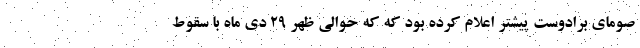
صومای برادوست پیشتر اعلام کرده بود که که حوالی ظهر ۲۹ دی ماه با سقوط